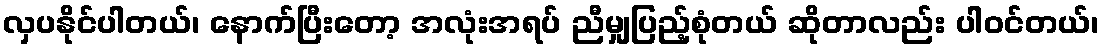
လှပနိုင်ပါတယ်၊ နောက်ပြီးတော့ အလုံးအရပ် ညီမျှပြည့်စုံတယ် ဆိုတာလည်း ပါဝင်တယ်၊